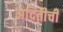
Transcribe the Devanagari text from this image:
अदितीची